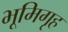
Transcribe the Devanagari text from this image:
भूमिगृह